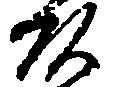
頭